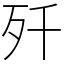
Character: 歼